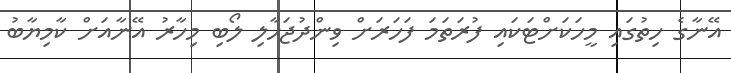
އޭނާގެ ހިތުގައި މީހަކަށްޓަކައި ފުރަތަމަ ފަހަރަށް ވިންދުޖަހާލި ލޯބި މިހާރު އޭނާއަށް ކާމިޔާބު